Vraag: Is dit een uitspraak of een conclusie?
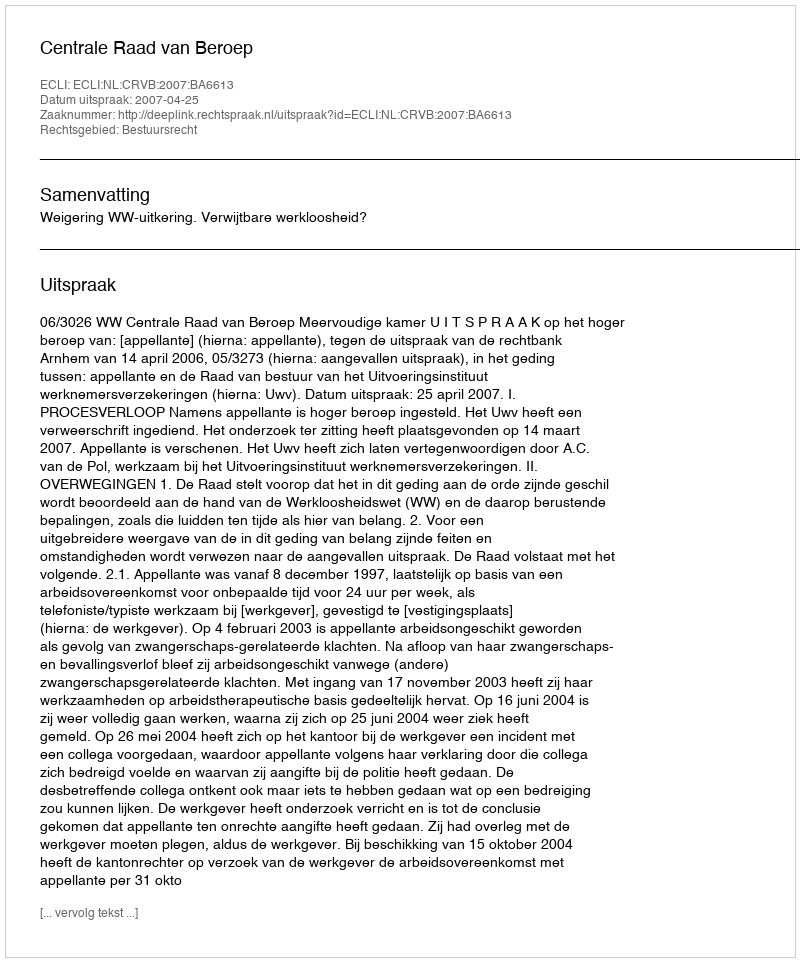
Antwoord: Uitspraak